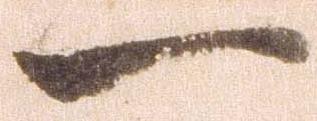
一